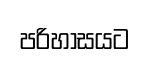
පරිහාසයට